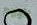
اليوم